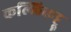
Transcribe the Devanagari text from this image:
कल्लिकट्टू